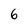
Character: 6